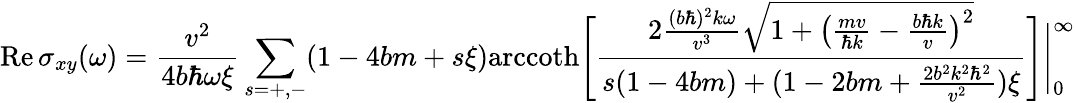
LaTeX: \mathrm{Re}\, \sigma_{xy}(\omega)=\frac{v^{2}}{4b\hbar\omega\xi}\sum_{s=+,-}(1-4bm+s\xi)\mathrm{arccoth}\Bigg[\frac{2\frac{(b\hbar)^{2}k\omega}{v^{3}}\sqrt{1+\big(\frac{mv}{\hbar k}-\frac{b\hbar k}{v}\big)^{2}}}{s(1-4bm)+(1-2bm+\frac{2b^{2}k^{2}\hbar^{2}}{v^{2}})\xi}\Bigg]\Bigg|_{0}^{\infty}